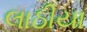
લાઠીયા